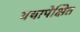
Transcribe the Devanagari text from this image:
यथापेक्षित